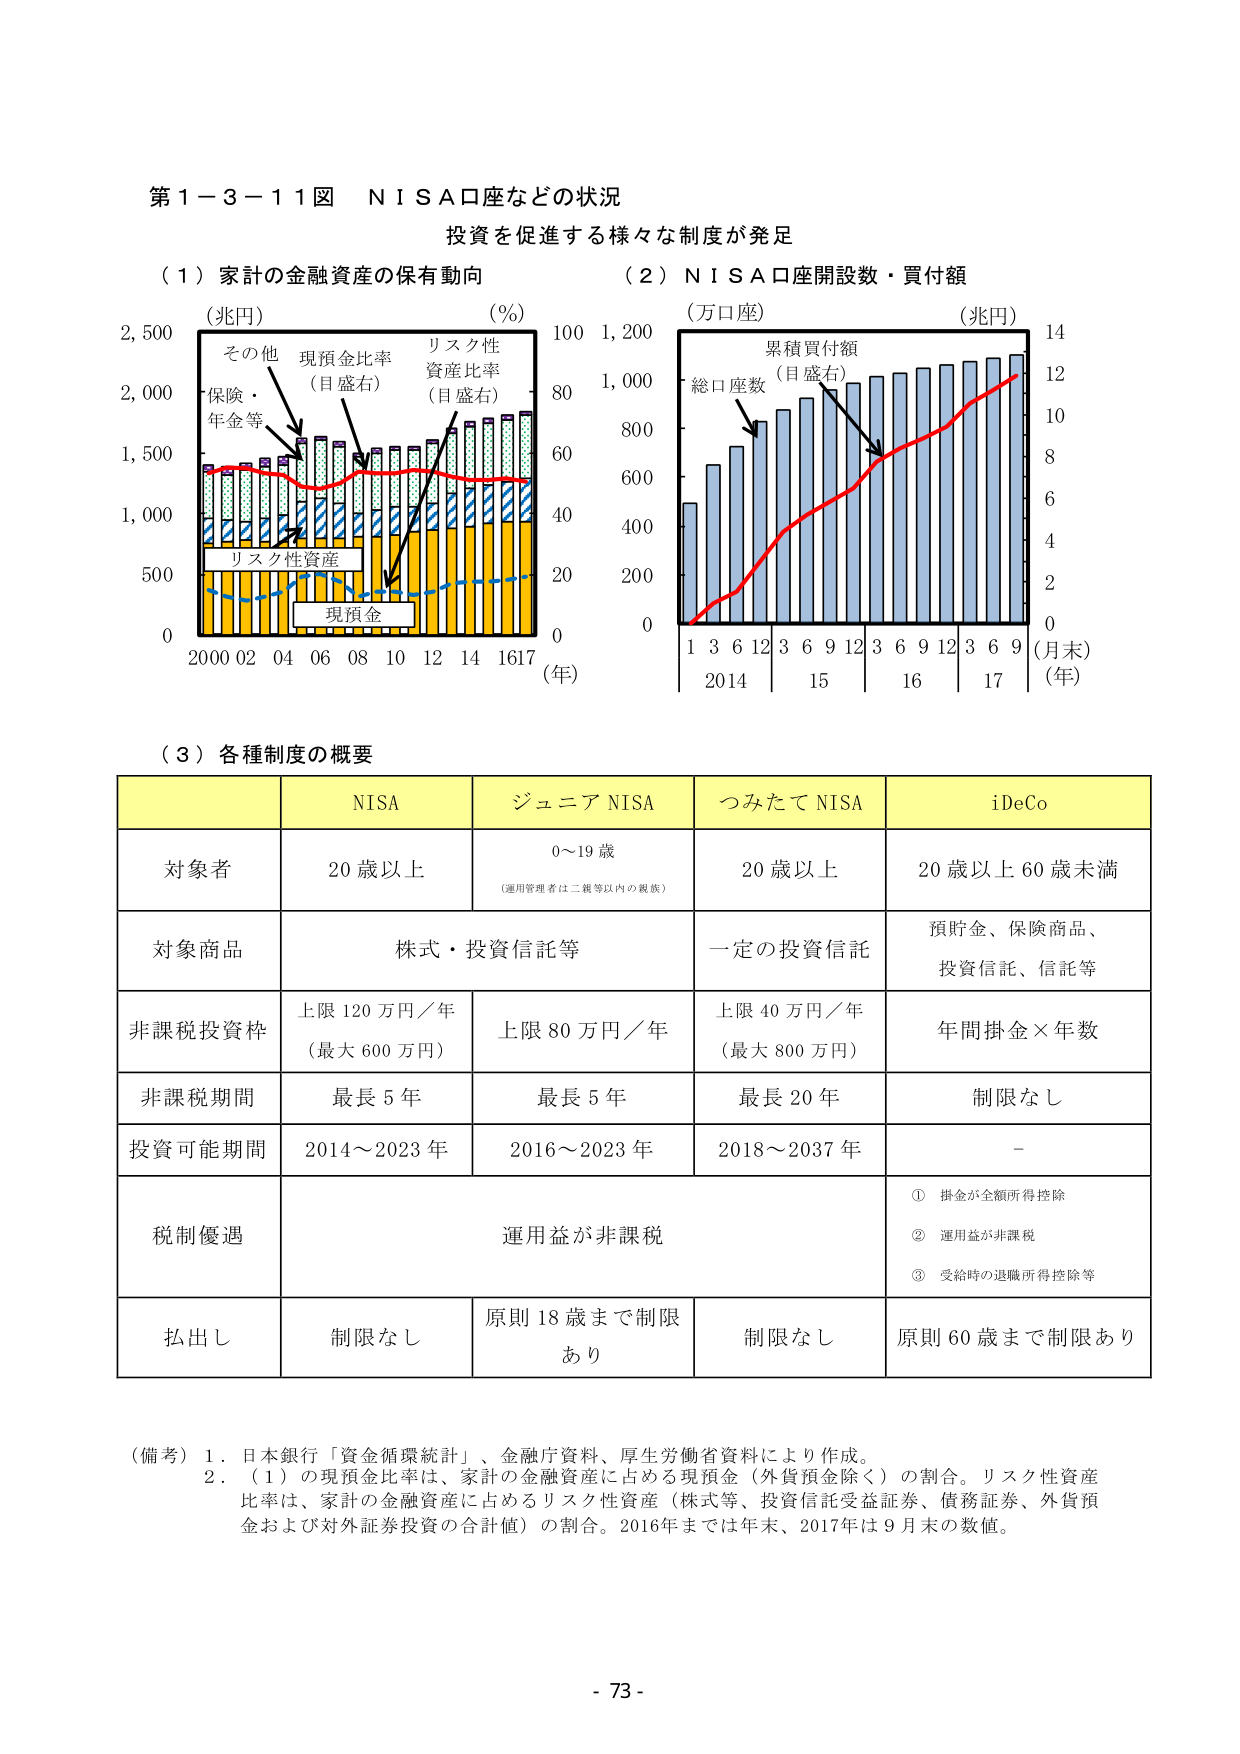
第１－３－１１図　ＮＩＳＡ口座などの状況
投資を促進する様々な制度が発足

（１）家計の金融資産の保有動向
（兆円）　　　　　　　　　　　　　（％）
2,500
2,000
1,500
1,000
500
0
2000 02 04 06 08 10 12 14 1617（年）

その他
保険・
年金等
現預金比率
（目盛右）
リスク性
資産比率
（目盛右）
リスク性資産
現預金

100
80
60
40
20
0

（２）ＮＩＳＡ口座開設数・買付額
（万口座）　　　　　　　　　　　　（兆円）
1,200
1,000
800
600
400
200
0
14
12
10
8
6
4
2
0

総口座数
累積買付額
（目盛右）

1 3 6 12 3 6 9 12 3 6 9 12 3 6 9（月末）
2014　　　　　15　　　　　16　　　　　17（年）

（３）各種制度の概要

| | NISA | ジュニア NISA | つみたて NISA | iDeCo |
|---|---|---|---|---|
| 対象者 | 20歳以上 | 0～19歳<br>（運用管理者は二親等以内の親族） | 20歳以上 | 20歳以上60歳未満 |
| 対象商品 | 株式・投資信託等 | | 一定の投資信託 | 預貯金、保険商品、<br>投資信託、信託等 |
| 非課税投資枠 | 上限120万円／年<br>（最大600万円） | 上限80万円／年 | 上限40万円／年<br>（最大800万円） | 年間掛金×年数 |
| 非課税期間 | 最長5年 | 最長5年 | 最長20年 | 制限なし |
| 投資可能期間 | 2014～2023年 | 2016～2023年 | 2018～2037年 | - |
| 税制優遇 | | 運用益が非課税 | | ① 掛金が全額所得控除<br>② 運用益が非課税<br>③ 受給時の退職所得控除等 |
| 払出し | 制限なし | 原則18歳まで制限あり | 制限なし | 原則60歳まで制限あり |

（備考）１．日本銀行「資金循環統計」、金融庁資料、厚生労働省資料により作成。
　　　２．（１）の現預金比率は、家計の金融資産に占める現預金（外貨預金除く）の割合。リスク性資産比率は、家計の金融資産に占めるリスク性資産（株式等、投資信託受益証券、債務証券、外貨預金および対外証券投資の合計値）の割合。2016年までは年末、2017年は9月末の数値。

- 73 -